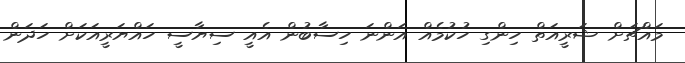
މައްޗަށް ޝަރީއަތް ހިންގި ހުކުމެއް އަންނަ ހިސާބުން އެއީ ސިޔާސީ ހައްޔަރީއަކަށް ހަދަން